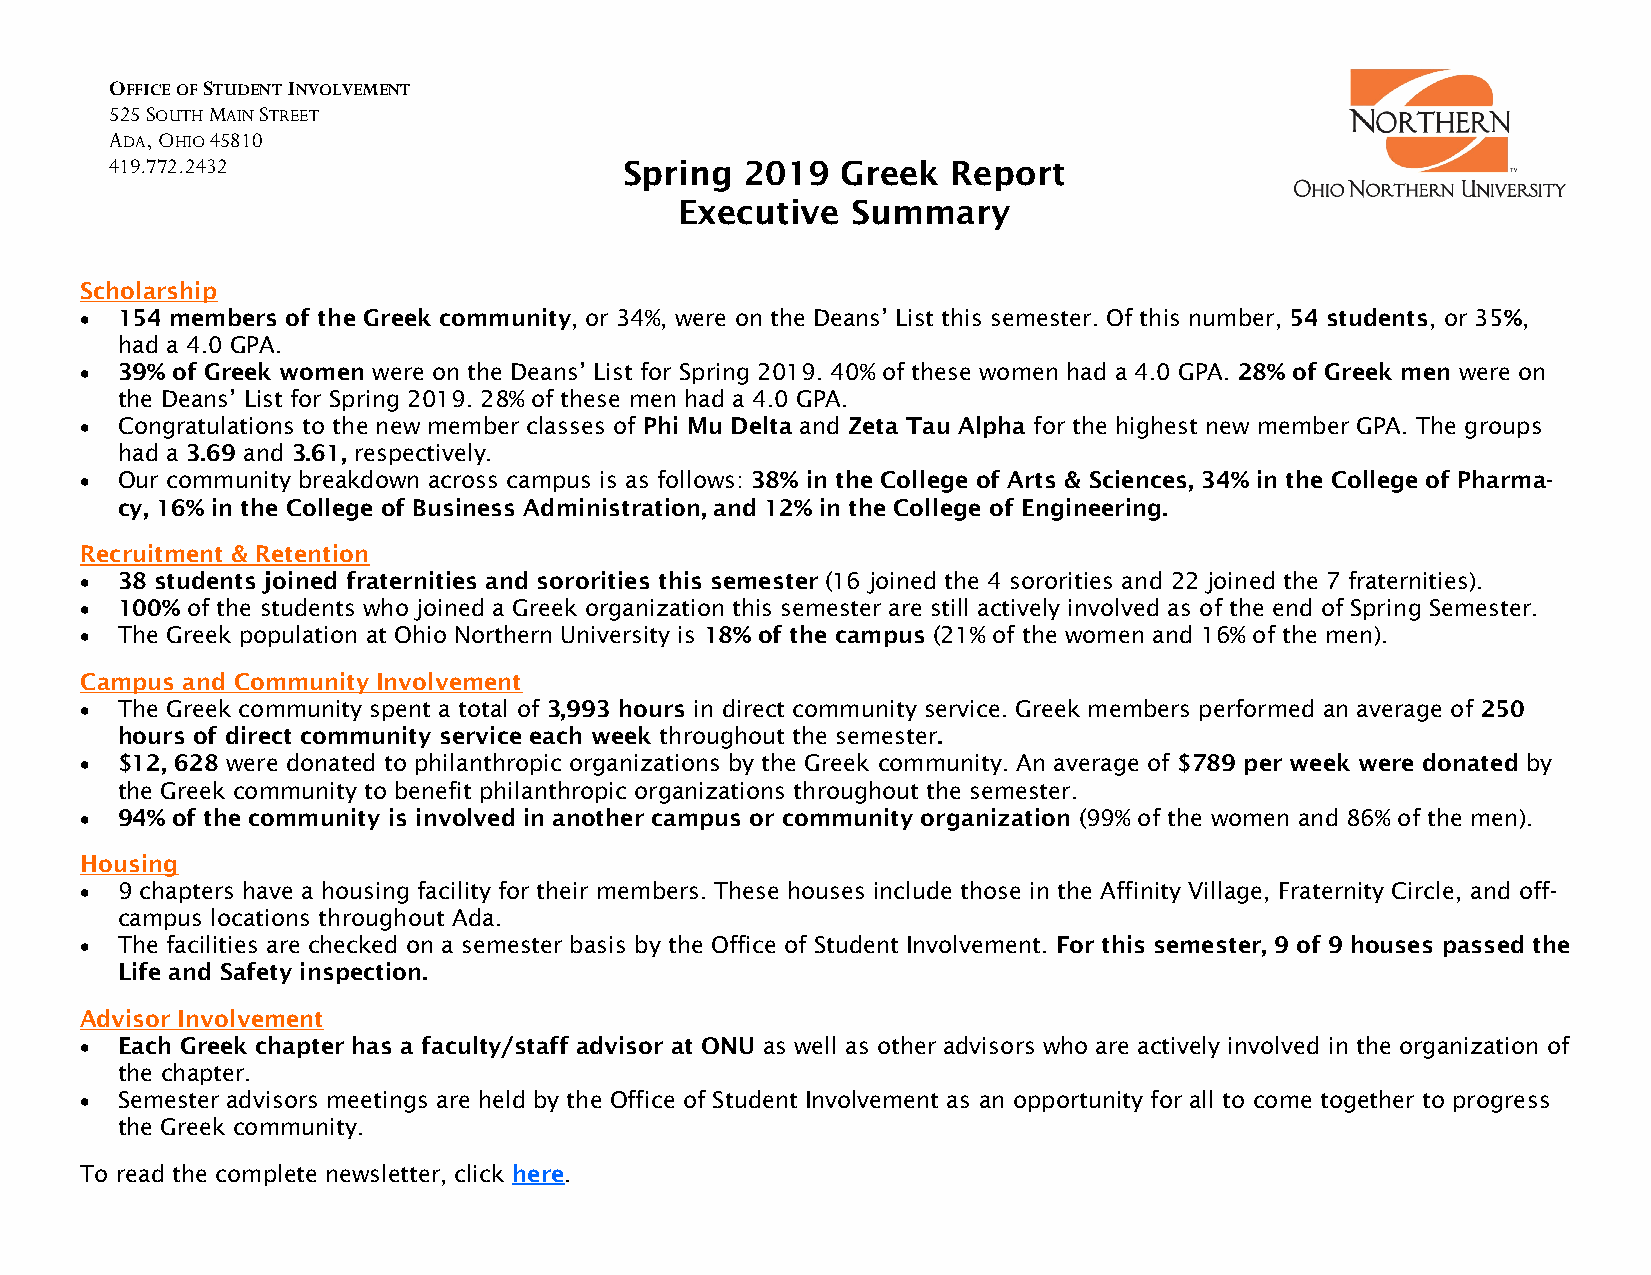
OFFICE OF STUDENT INVOLVEMENT
 525 SOUTH MAIN STREET
 ADA, OHIO 45810
 419.772.2432                      Spring  2019   Greek  Report
 Executive  Summary
 Scholarship
   154 members of the Greek community, or 34%, were on the Deans’ List this semester. Of this number, 54 students, or 35%,
 had a 4.0 GPA.
   39% of Greek women were on the Deans’ List for Spring 2019. 40% of these women had a 4.0 GPA. 28% of Greek men were on
 the Deans’ List for Spring 2019. 28% of these men had a 4.0 GPA.
   Congratulations to the new member classes of Phi Mu Delta and Zeta Tau Alpha for the highest new member GPA. The groups
 had a 3.69 and 3.61, respectively.
   Our community breakdown across campus is as follows: 38% in the College of Arts & Sciences, 34% in the College of Pharma-
 cy, 16% in the College of Business Administration, and 12% in the College of Engineering.
 Recruitment & Retention
   38 students joined fraternities and sororities this semester (16 joined the 4 sororities and 22 joined the 7 fraternities).
   100% of the students who joined a Greek organization this semester are still actively involved as of the end of Spring Semester.
   The Greek population at Ohio Northern University is 18% of the campus (21% of the women and 16% of the men).
 Campus and Community Involvement
   The Greek community spent a total of 3,993 hours in direct community service. Greek members performed an average of 250
 hours of direct community service each week throughout the semester.
   $12, 628 were donated to philanthropic organizations by the Greek community. An average of $789 per week were donated by
 the Greek community to benefit philanthropic organizations throughout the semester.
   94% of the community is involved in another campus or community organization (99% of the women and 86% of the men).
 Housing
   9 chapters have a housing facility for their members. These houses include those in the Affinity Village, Fraternity Circle, and off-
 campus locations throughout Ada.
   The facilities are checked on a semester basis by the Office of Student Involvement. For this semester, 9 of 9 houses passed the
 Life and Safety inspection.
 Advisor Involvement
   Each Greek chapter has a faculty/staff advisor at ONU as well as other advisors who are actively involved in the organization of
 the chapter.
   Semester advisors meetings are held by the Office of Student Involvement as an opportunity for all to come together to progress
 the Greek community.
 To read the complete newsletter, click here.